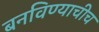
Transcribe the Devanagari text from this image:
बनविण्याचीच